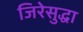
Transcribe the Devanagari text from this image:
जिरेसुद्धा